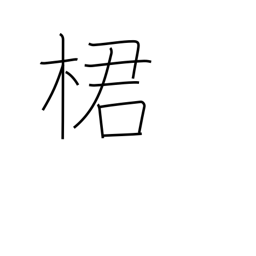
Meaning: type of fruit tree